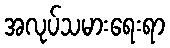
အလုပ်သမားရေးရာ